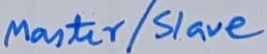
Text: Master/Slave